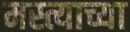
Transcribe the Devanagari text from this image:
मस्त्याच्या